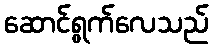
ဆောင်ရွက်လေသည်